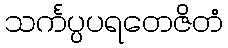
သင်္ကပ္ပပရတေဇိတံ